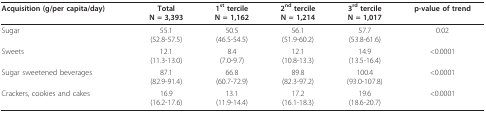
| Acquisition (g/per capita/day) | TotalN = 3,393 | 1st tercileN = 1,162 | 2nd tercileN = 1,214 | 3rd tercileN = 1,017 | p-value of trend |
 | --- | --- | --- | --- | --- | --- |
 | Sugar | 55.1(52.8-57.5) | 50.5(46.5-54.5) | 56.1(51.9-60.2) | 57.7(53.8-61.6) | 0.02 |
 | Sweets | 12.1(11.3-13.0) | 8.4(7.0-9.7) | 12.1(10.8-13.3) | 14.9(13.5-16.4) | <0.0001 |
 | Sugar sweetened beverages | 87.1(82.9-91.4) | 66.8(60.7-72.9) | 89.8(82.3-97.2) | 100.4(93.0-107.8) | <0.0001 |
 | Crackers, cookies and cakes | 16.9(16.2-17.6) | 13.1(11.9-14.4) | 17.2(16.1-18.3) | 19.6(18.6-20.7) | <0.0001 |